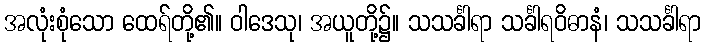
အလုံးစုံသော ထေရ်တို့၏။ ဝါဒေသု၊ အယူတို့၌။ သသင်္ခါရာ သင်္ခါရဝိဓာနံ၊ သသင်္ခါရာ